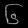
Digit: ၆